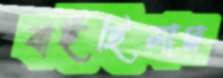
বাইছিলাম